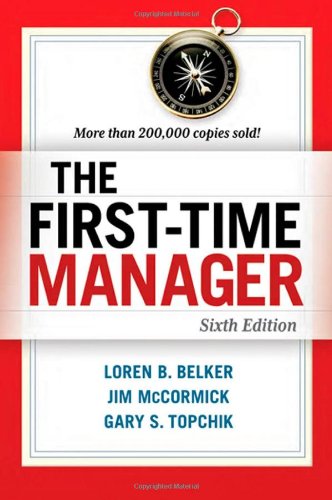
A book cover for The First-Time Manager; Loren B. Belker; Business & Money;